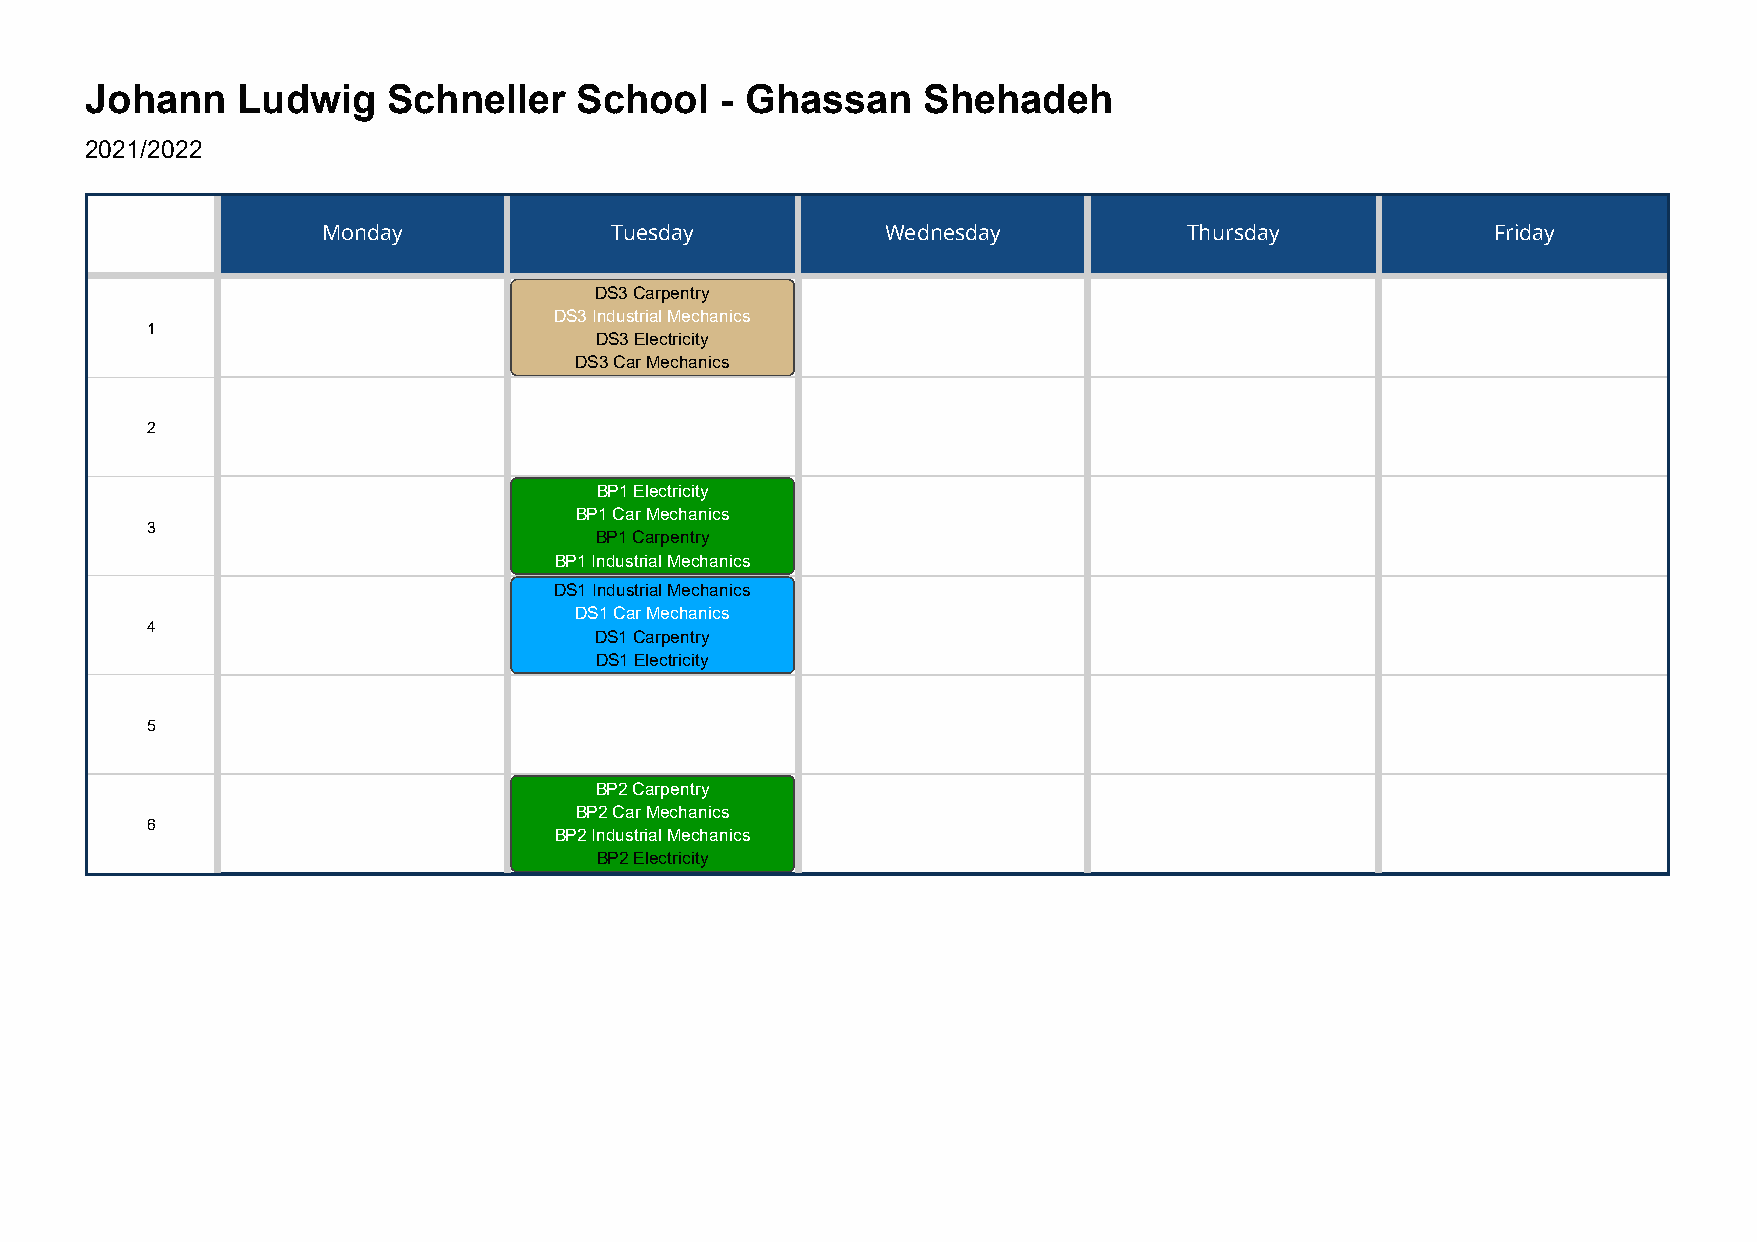
Johann    Ludwig    Schneller   School    - Ghassan    Shehadeh
 2021/2022
 Monday             Tuesday            Wednesday           Thursday            Friday
 DS3 Carpentry
 DS3 Industrial Mechanics
 1
 DS3 Electricity
 DS3 Car Mechanics
 2
 BP1 Electricity
 BP1 Car Mechanics
 3
 BP1 Carpentry
 BP1 Industrial Mechanics
 DS1 Industrial Mechanics
 DS1 Car Mechanics
 4
 DS1 Carpentry
 DS1 Electricity
 5
 BP2 Carpentry
 BP2 Car Mechanics
 6
 BP2 Industrial Mechanics
 BP2 Electricity